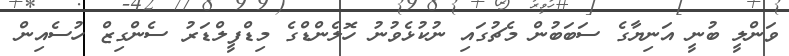
ވަންލީ ބުނީ އަނިޔާގެ ސަބަބުން މެޗުގައި ނުކުޅެވުނު ހޮލެންޑްގެ މިޑްފީލްޑަރު ސެންގިޒް ހުސެއިން